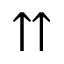
\upuparrows